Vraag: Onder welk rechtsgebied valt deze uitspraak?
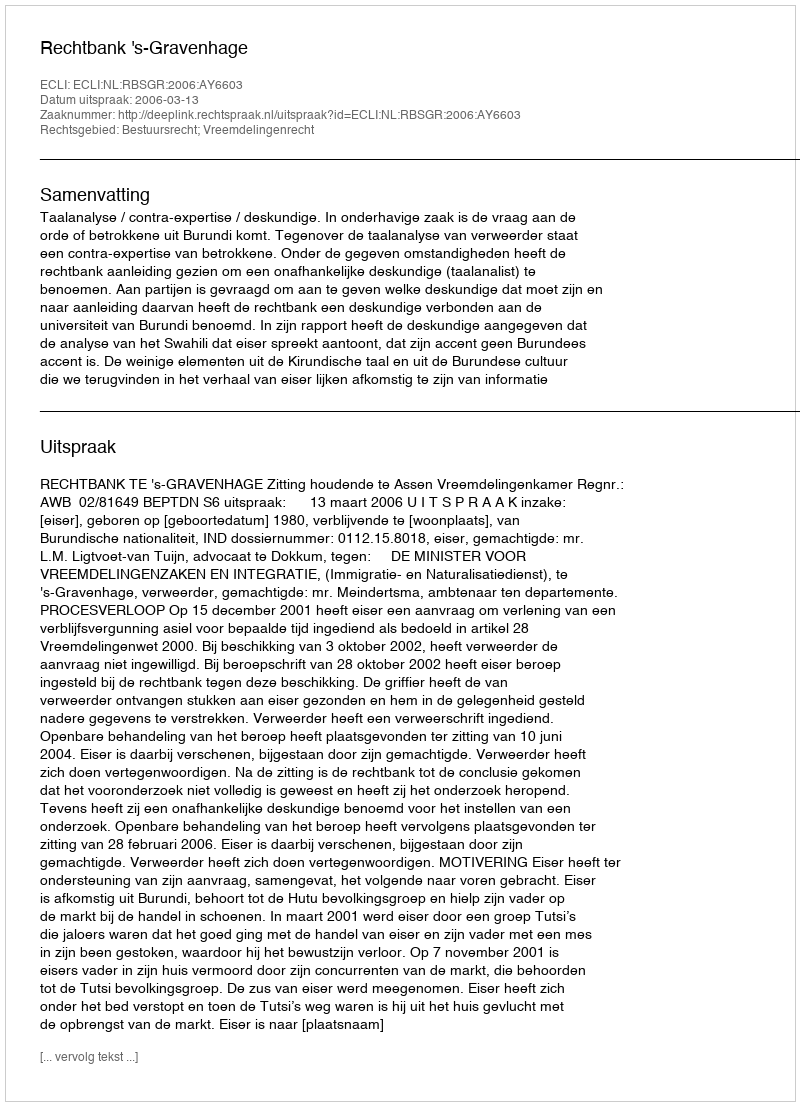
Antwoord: Bestuursrecht; Vreemdelingenrecht